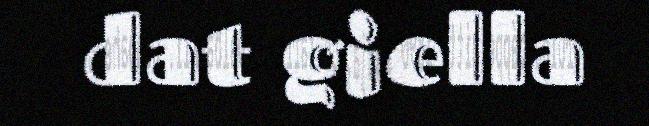
dat giella